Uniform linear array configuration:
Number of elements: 48
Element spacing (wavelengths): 0.25
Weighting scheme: exponential
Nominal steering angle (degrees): -60
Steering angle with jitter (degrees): -61.478
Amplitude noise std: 0.05
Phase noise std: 0.05

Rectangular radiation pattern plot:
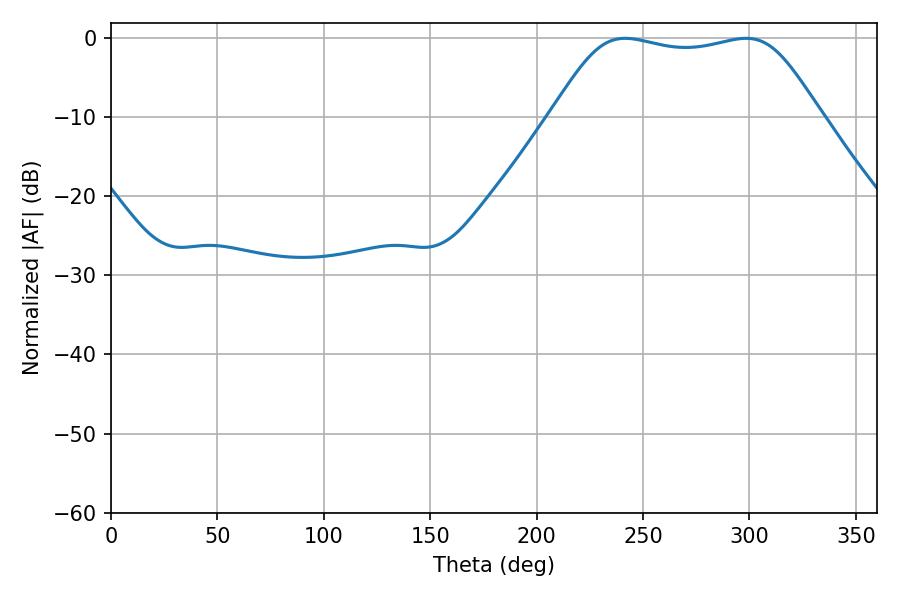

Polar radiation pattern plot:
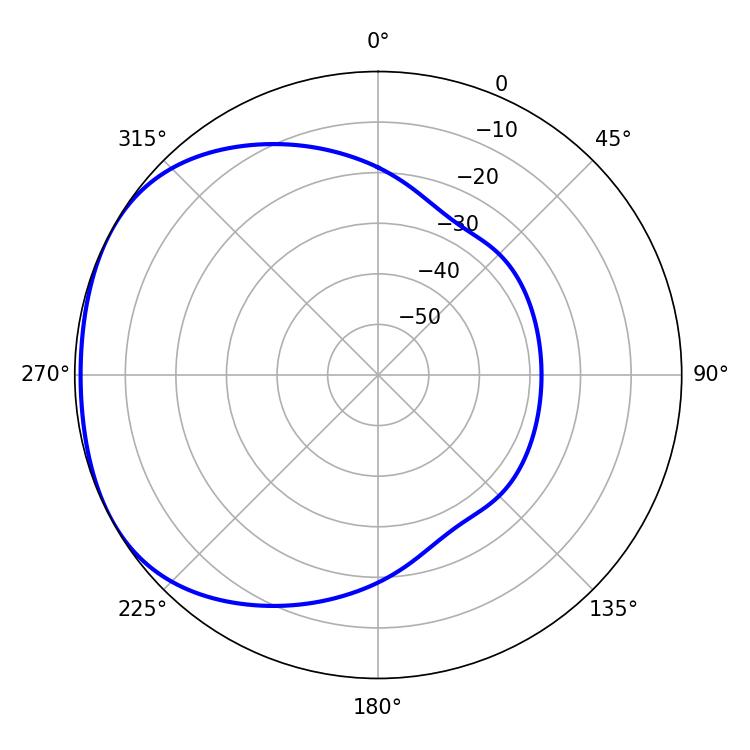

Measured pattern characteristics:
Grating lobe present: FALSE
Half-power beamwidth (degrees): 95.04
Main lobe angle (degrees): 241.56